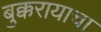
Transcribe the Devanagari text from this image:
बुक्करायाचा